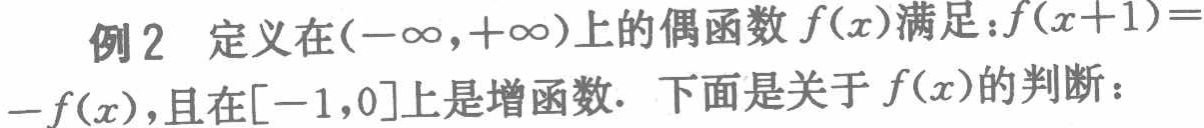
例2 定义在\((-\infty,+\infty)\)上的偶函数\(f(x)\)满足：\(f(x + 1)=-f(x)\)，且在\([-1,0]\)上是增函数. 下面是关于\(f(x)\)的判断：